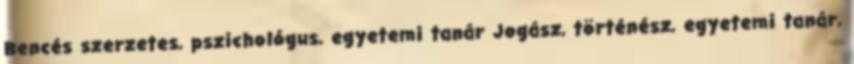
Bencés szerzetes, pszichológus, egyetemi tanár Jogász, történész, egyetemi tanár,